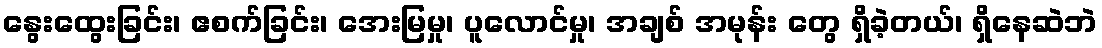
နွေးထွေးခြင်း၊ ဧစက်ခြင်း၊ အေးမြမှု၊ ပူလောင်မှု၊ အချစ် အမုန်း တွေ ရှိခဲ့တယ်၊ ရှိနေဆဲဘဲ